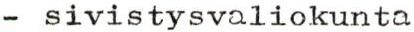
- sivistysvaliokunta